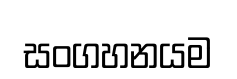
සංගහනයම